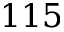
1 1 5